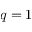
q = 1